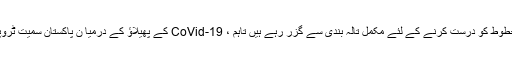
جیسا کہ دنیا کورونا وائرس جیسی وبائی بیماری سے لڑرہی ہے ، دنیا بھر کے ممالک اس منحنی خطوط کو درست کرنے کے لئے مکمل تالہ بندی سے گزر رہے ہیں تاہم ، CoVid-19 کے پھیلاؤ کے درمیا ن پاکستان سمیت ٹروپیکل ممالک خاص طور پر موسم میں بدلاؤ کے ساتھ ہی ڈینگی کے کیسوں کی اطلاع دے رہے ہیں۔